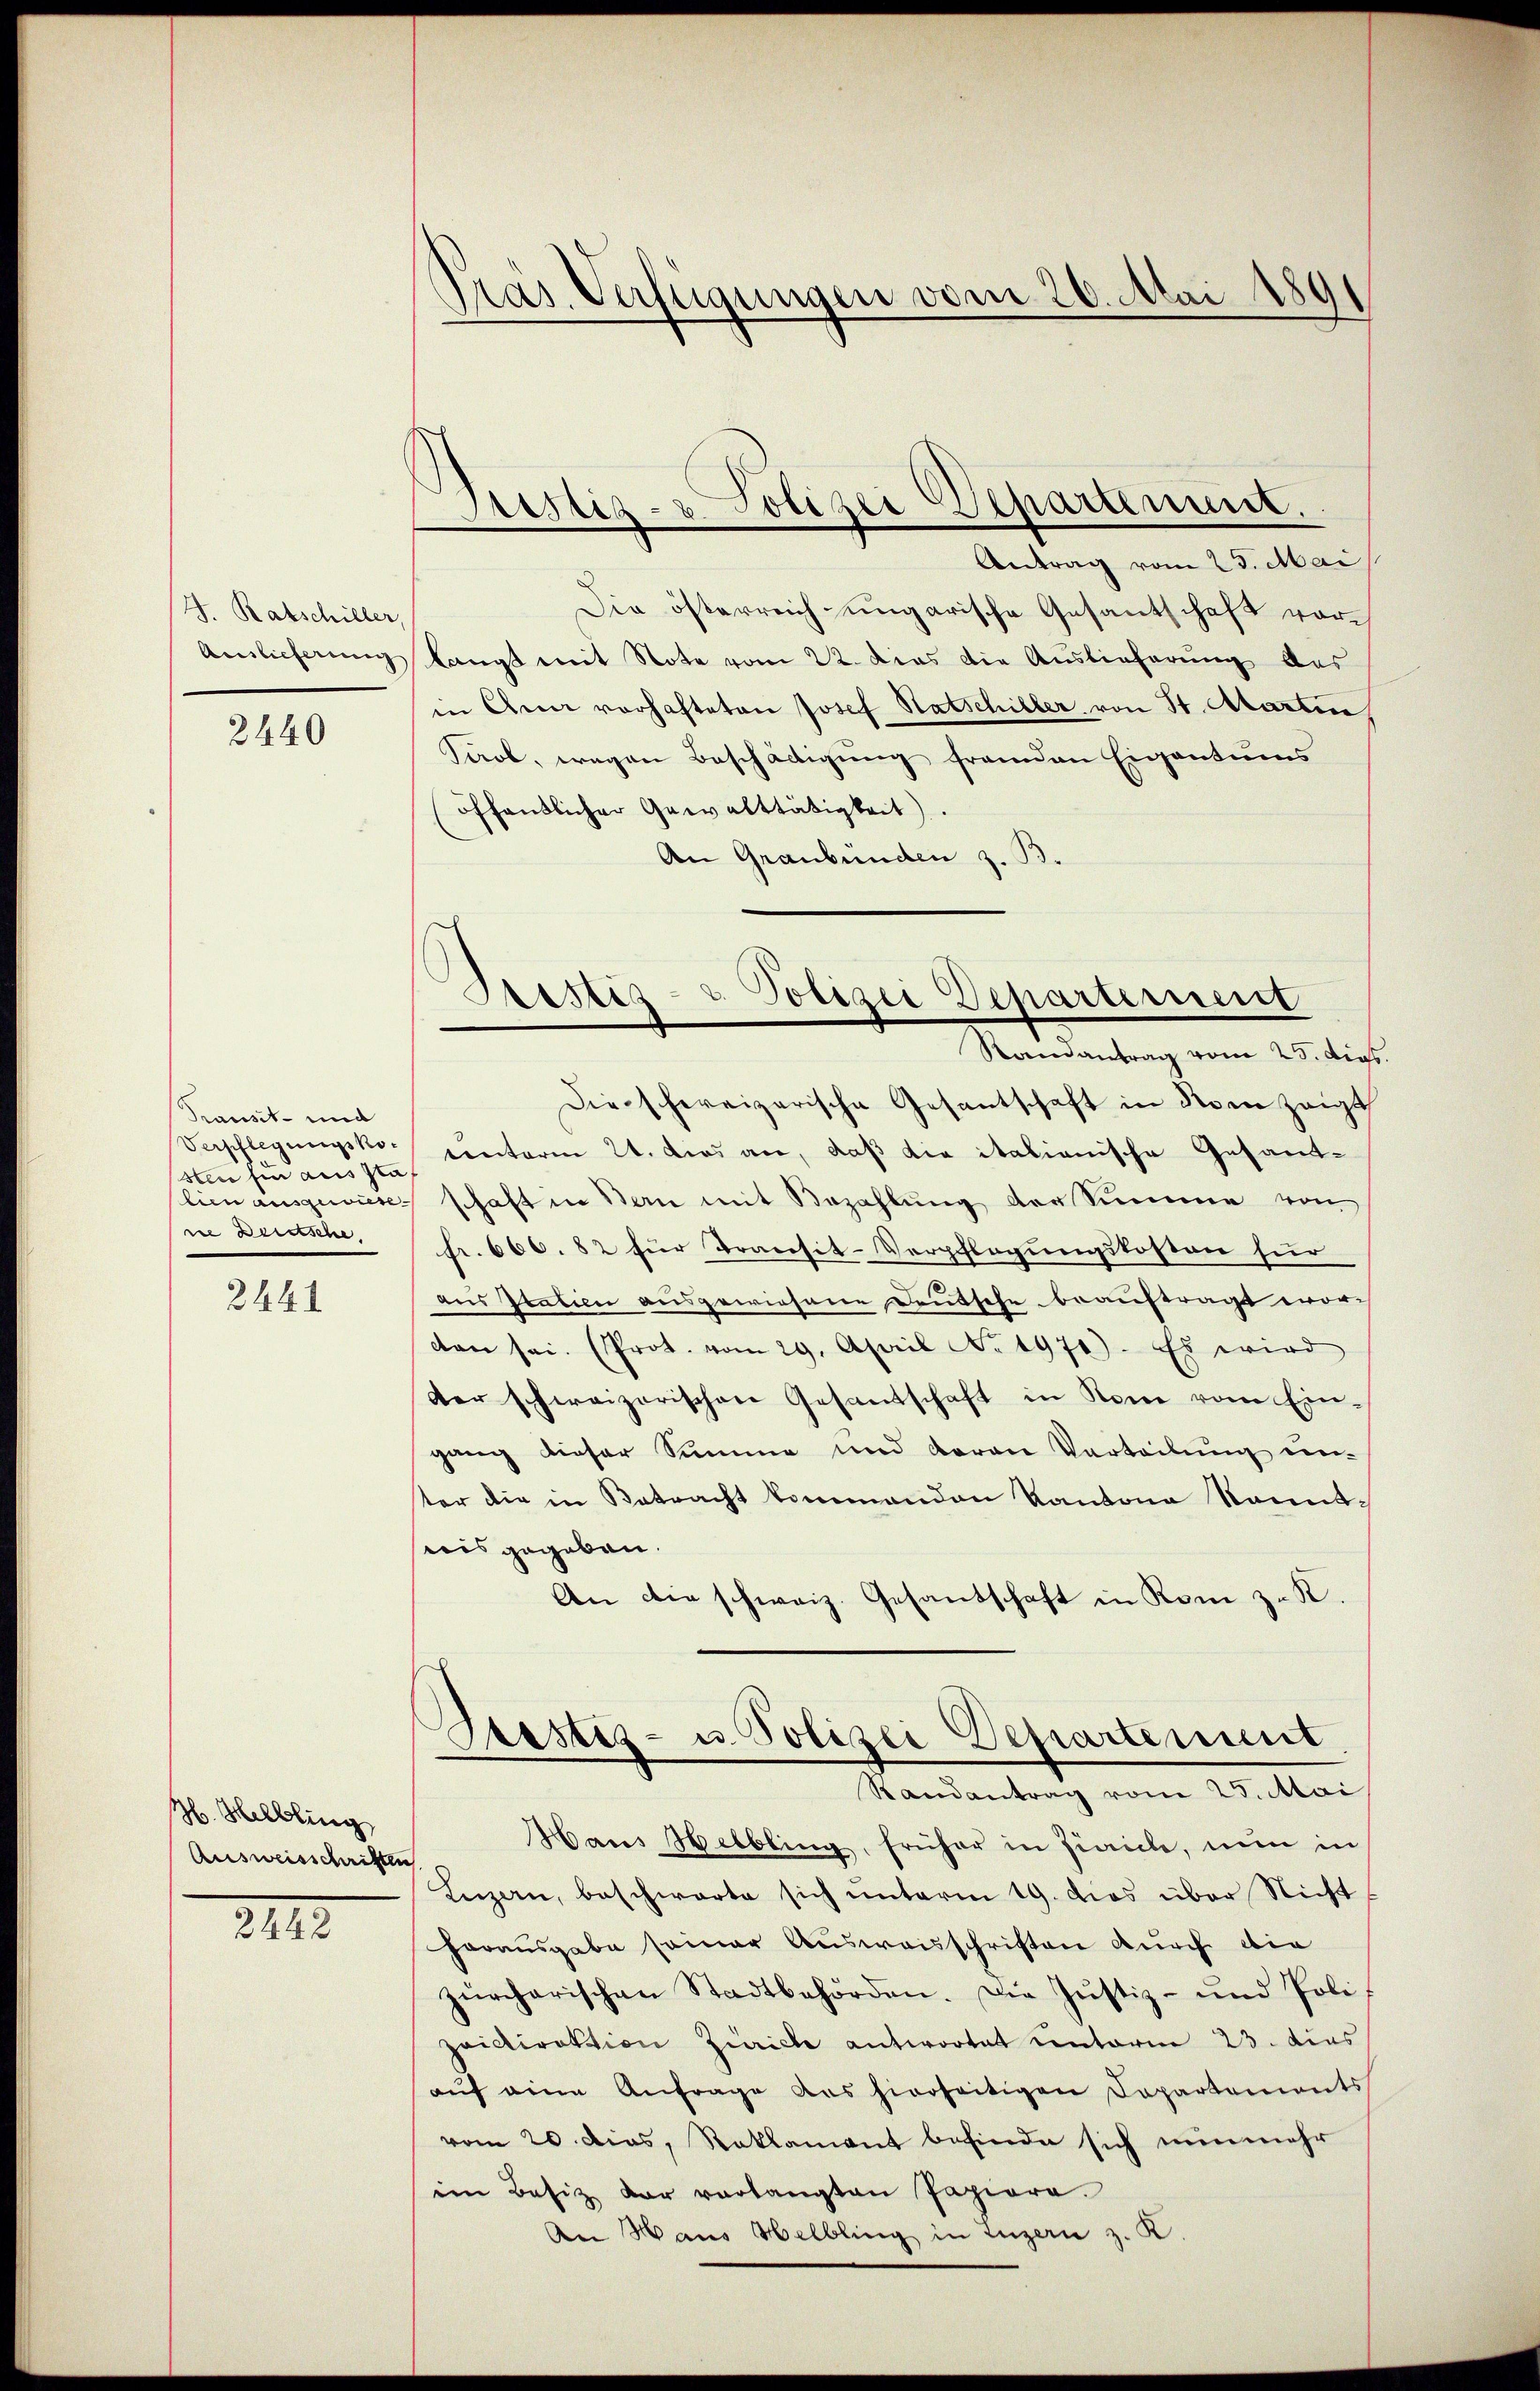
H. Ratschiller,
Auslieferung

2440

Pransit- und
Verpflegungsko
ster fin aus sta
lien ausgewiese
ne Deutsche,

2441

H. Helbling
Ausweisschriften

XIII.

Präs. Verfügungen vom 26. Mai 1891

Justiz- & Polizei Departement.

Aristiz- & Polizei Departement
Randantrag vom 25. dies

Antrag vom 25. Mai
Die österreich ungarische Gesantschaft vorlangt mit Note vom 22. Dies die Auslieferung des
in Anna vorhafteten Josef Ratschiller von St. Martin
Tirol, wegen Beschäftigung franden Eigentums
öffentlicher Gewalttätigkeit).
An Graubünden
Die schweizerische Gesantschaft in Rom zeigt
tinterm 24. dies an, daß die italienische Gesandschaft in den mit Bezahlŭng der Summe von
fr. 666. 82 für Transit-Verpflegungskosten für
aus Gratien ausgewiesene Deutsche beauftragt wor-
den sei. (Prot. vom 29. April No 1970). Es wird
der schweizerischen Gesandschaft in Rom vom Ein-
gang dieser Summe und daran Vorteilung unster die in Betracht kommenden Kantone kanntnis gegeben.
An die schweiz. Gesandschaft in Kom z. K.
Prostiz- u. Polizei Departement
Randantrag vom 25. Mai
Hans Helbling, früher in Fiaicle, nun in
Luzan, beschwarte sich unterm 19. dies über Nicht
horausgabe seiner Ausweisschriften durch die
zürcherischen Stadtbehörden. Die Justiz- und Polipaidirektion Zürich antwortet unterm 23. dies
aŭf eine Anfrage des hierseitigen Departements
vom 20. dies, Reklamant befinde sich nunmehr
im Besiz der verlangten Papiere.
An Haus Helbling in Luzern z. K